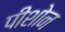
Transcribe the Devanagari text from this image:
पीशोन